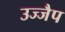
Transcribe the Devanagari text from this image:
उज्जैप